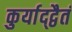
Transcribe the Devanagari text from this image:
कुर्याद्द्वैतं